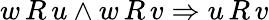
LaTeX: w\, R\, u\land w\, R\, v\Rightarrow u\, R\, v